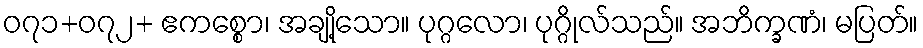
၀၇၁+၀၇၂+ ဧကစ္စော၊ အချို့သော။ ပုဂ္ဂလော၊ ပုဂ္ဂိုလ်သည်။ အဘိက္ခဏံ၊ မပြတ်။